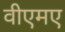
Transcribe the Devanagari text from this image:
वीएमए